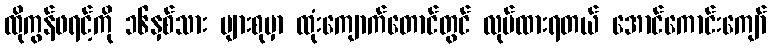
ထိုကွန်ဖရင့်ကို ၁၆နှစ်သား များစုမှာ ထုံးကျောက်တောင်တွင် လုပ်ထားရတယ် အောင်ကောင်းကျော်